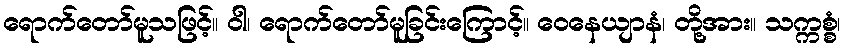
ရောက်တော်မူသဖြင့်။ ဝါ၊ ရောက်တော်မူခြင်းကြောင့်။ ဝေနေယျာနံ၊ တို့အား။ သက္ကစ္စံ၊